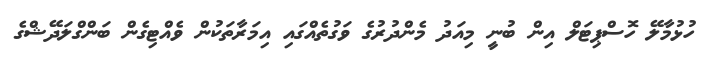
ހުޅުމާލޭ ހޮސްޕިޓަލް އިން ބުނީ މިއަދު މެންދުރުގެ ވަގުތެއްގައި އިމަރާތަކުން ވެއްޓިގެން ބަންގްލަދޭޝްގެ